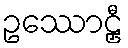
ဥဿောဠှီ